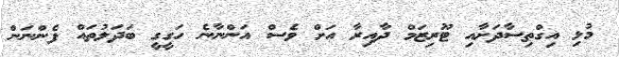
މުޅި އިގްތިސާދަށާއި ޓޫރިޒަމް ދާއިރާ އަށް ވެސް އަންނާނެ ހަގީގީ ބަދަލުތައް ފެންނަން